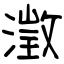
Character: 澂